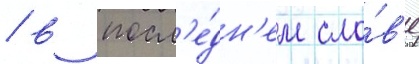
/ в посл'е́дн'ем сло́в'е